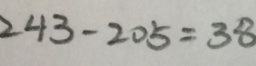
2 4 3 - 2 0 5 = 3 8